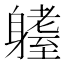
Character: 𨊆